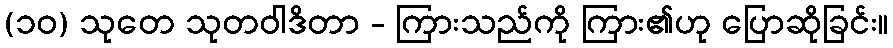
(၁၀) သုတေ သုတဝါဒိတာ - ကြားသည်ကို ကြား၏ဟု ပြောဆိုခြင်း။